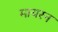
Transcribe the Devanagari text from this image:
मायरन